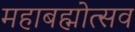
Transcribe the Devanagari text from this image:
महाबह्मोत्‍सव